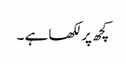
کچھ پر لکھا ہے ۔